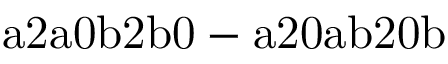
\mathrm { a 2 a 0 b 2 b 0 - a 2 0 a b 2 0 b }